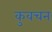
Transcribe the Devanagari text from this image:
कुवचन